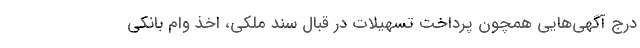
درج آگهی‌هایی همچون پرداخت تسهیلات در قبال سند ملکی، اخذ وام بانکی